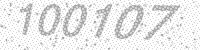
Solution: 100107